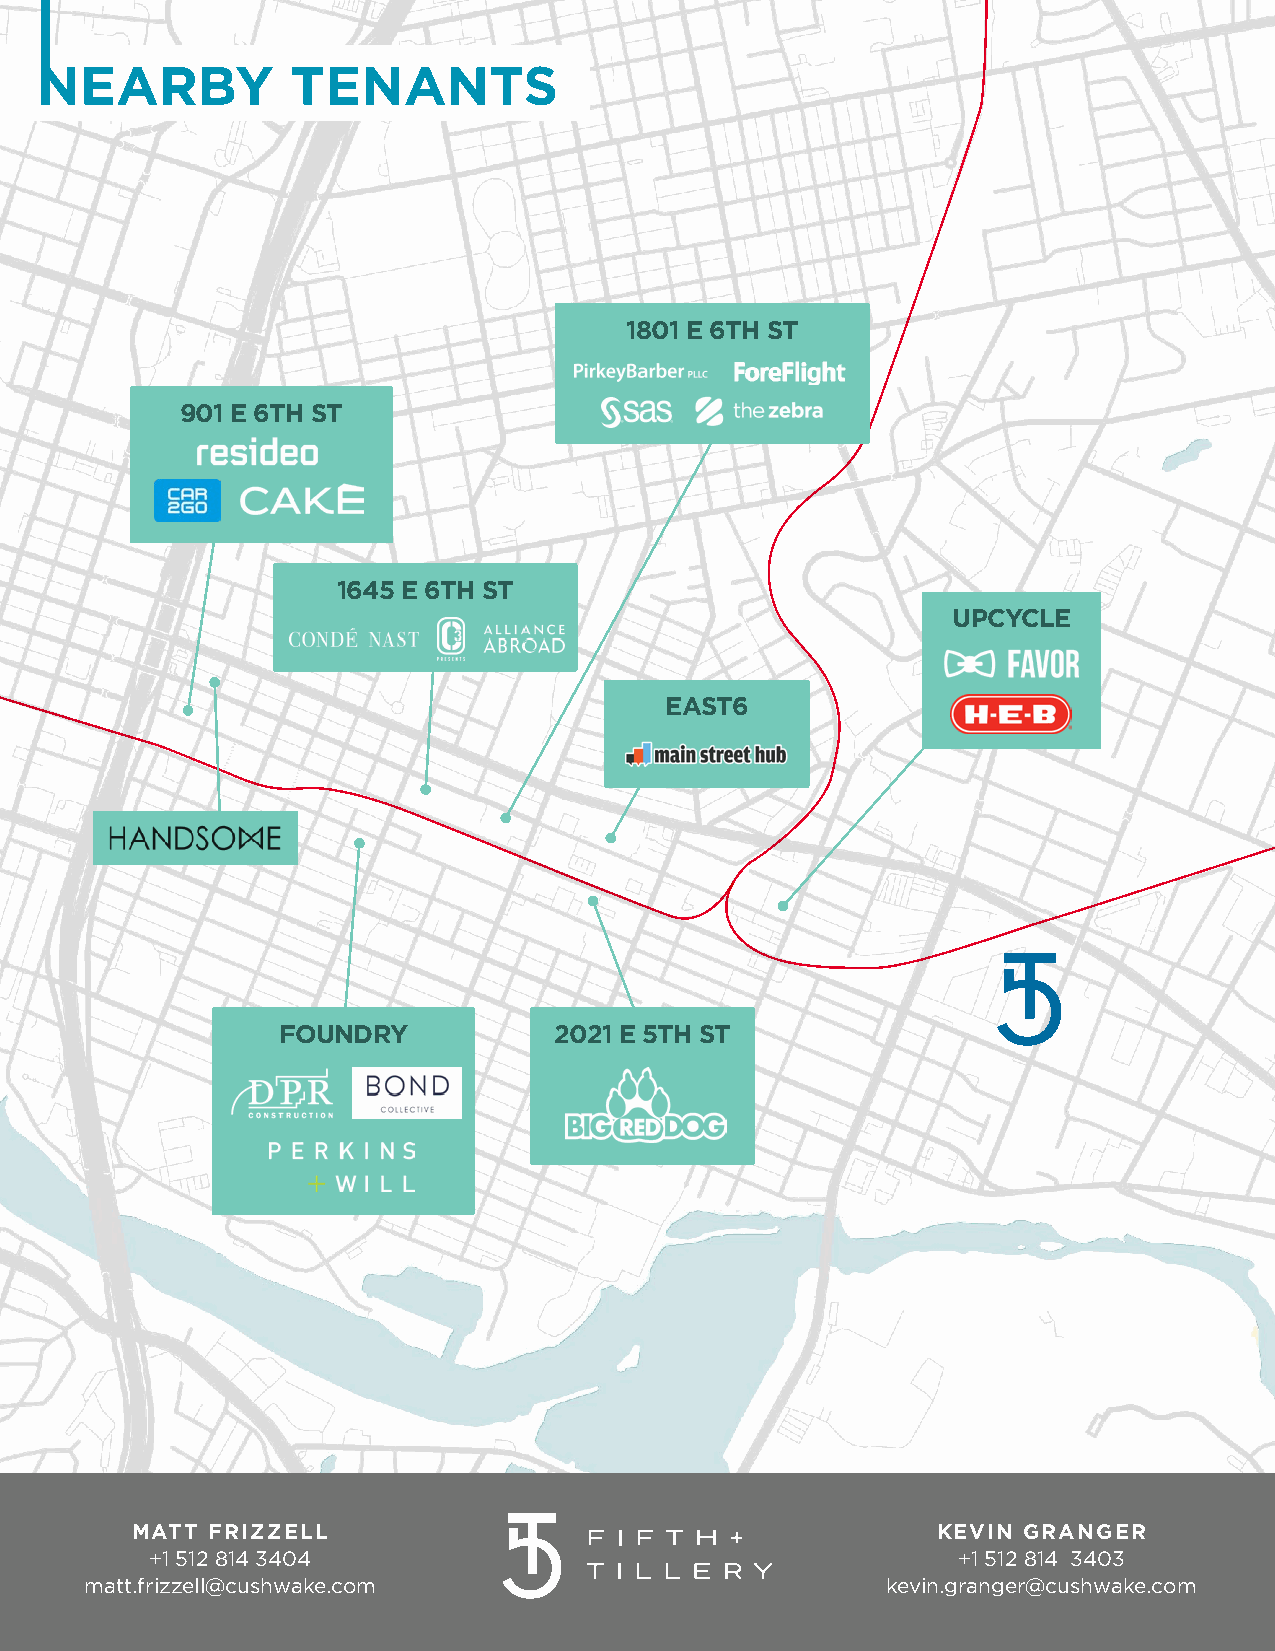
NEARBY           TENANTS
 1801 E 6TH ST
 901 E 6TH ST
 1645 E 6TH ST
 UPCYCLE
 EAST6
 FOUNDRY            2021 E 5TH ST
 MATT FRIZZELL                                        KEVIN GRANGER
 +1 512 814 3404                                      +1 512 814 3403
 matt.frizzell@cushwake.com                           kevin.granger@cushwake.com